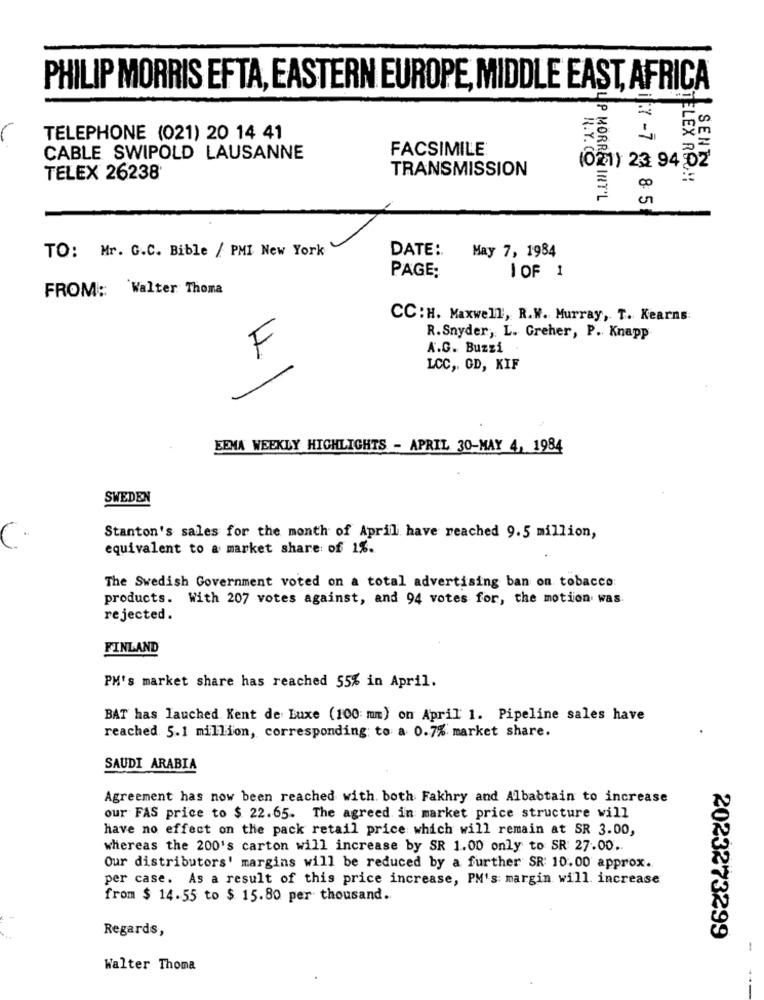
PHILIP MORRIS EFTA, EASTERN EUROPE, MIDDLE EAST, AFRICA
TELEPHONE (021) 20 14 41
4
FACSIMILE®
CABLE SWIPOLD LAUSANNE
(021) 23 94 02
TRANSMISSION
N.Y.
TELEX 26238
ELEX RO !!
SENTY
UP MORRE INT'L
1:7 -7 8: 51
TO: Mr. C.C. Bible / PMI New York
DATE :.
May 7, 1984
PAGE:
1 OF 1
FROM: Walter Thoma
CC: H. Maxwell, R.W. Murray, T. Kearns:
R.Snyder, L. Greher, P. Knapp
F
A.G. Buzzi.
LCC ,. GD, KIF
EEMA WEEKLY HIGHLIGHTS - APRIL 30-MAY 4, 1984
SWEDEN
Stanton's sales for the month of April have reached 9.5 million,
equivalent to a market share of 1%.
The Swedish Government voted on a total advertising ban on tobacco:
products. With 207 votes against, and 94 votes for, the motion was.
rejected.
FINLAND
PM's market share has reached 55% in April.
BAT has lauched. Kent de Luxe (100: mm) on April 1. Pipeline sales have
reached 5.1 million, corresponding; to a 0.7% market share.
SAUDI ARABIA
Agreement has now been reached with. both Fakhry and Albabtain to increase
our FAS price to $ 22.65. The agreed in market price structure will
have no effect on the pack retail price which will remain at SR 3.00,
whereas the 200's carton will increase by SR 1.00 only to SR 27.00 ..
Our distributors' margins will be reduced by a further SR: 10.00 approx.
per case. As a result of this price increase, PM's: margin will. increase
from $ 14.55 to $ 15.80 per thousand.
Regards,
2023273299
Walter Thoma